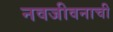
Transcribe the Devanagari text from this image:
नवजीवनाची